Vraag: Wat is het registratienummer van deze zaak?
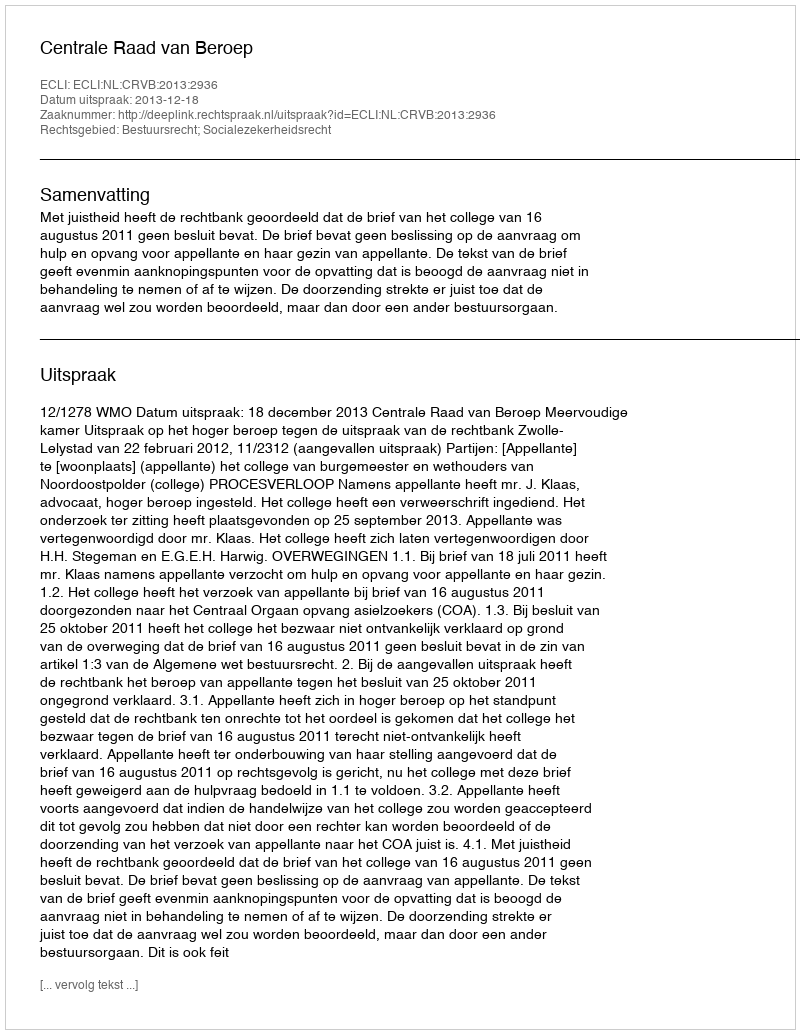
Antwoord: http://deeplink.rechtspraak.nl/uitspraak?id=ECLI:NL:CRVB:2013:2936